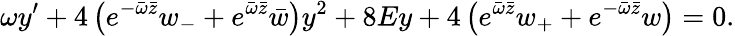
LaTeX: \omega y^{\prime}+4\left(e^{-\bar{\omega}\bar{z}}w_{-}+e^{\bar{\omega}\bar{z}}\bar{w}\right)y^{2}+8Ey+4\left(e^{\bar{\omega}\bar{z}}w_{+}+e^{-\bar{\omega}\bar{z}}w\right)=0.